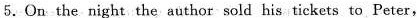
5.On the night the author sold his tickets to Peter,